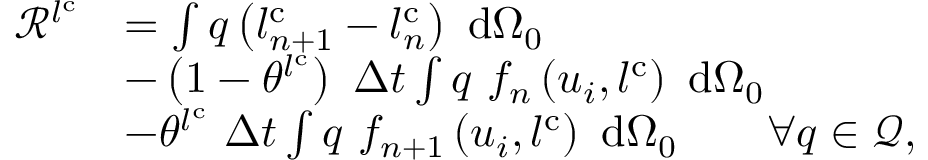
\begin{array} { r l } { \mathscr { R } ^ { l ^ { \mathrm { { c } } } } } & { = \int q \left( l _ { n + 1 } ^ { \mathrm { c } } - l _ { n } ^ { \mathrm { c } } \right) \ \mathrm { d } { \Omega _ { 0 } } } \\ & { - \left( 1 - \theta ^ { l ^ { \mathrm { c } } } \right) \ \Delta t \int q \ f _ { n } \left( u _ { i } , l ^ { \mathrm { c } } \right) \ \mathrm { d } { \Omega _ { 0 } } } \\ & { - \theta ^ { l ^ { \mathrm { c } } } \ \Delta t \int q \ f _ { n + 1 } \left( u _ { i } , l ^ { \mathrm { c } } \right) \ \mathrm { d } { \Omega _ { 0 } } \qquad \forall q \in { \mathcal { Q } } , } \end{array}